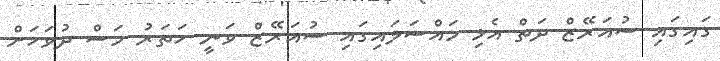
ގައިގައި ސުއަރޭޒް ދަތް އެޅި މައްސަލައިގައި ސުއަރޭޒް ވަނީ ހަތަރު މަސް ދުވަހަށް